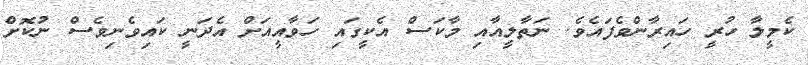
ކެމީލާ ހުރީ ހައިރާންވެފައެވެ. ނަތާލީއާއި މާކަސް އެކީގައި ހަވާއީއަށް އެދަނީ ކައިވެނިވެސް ނުކޮށް